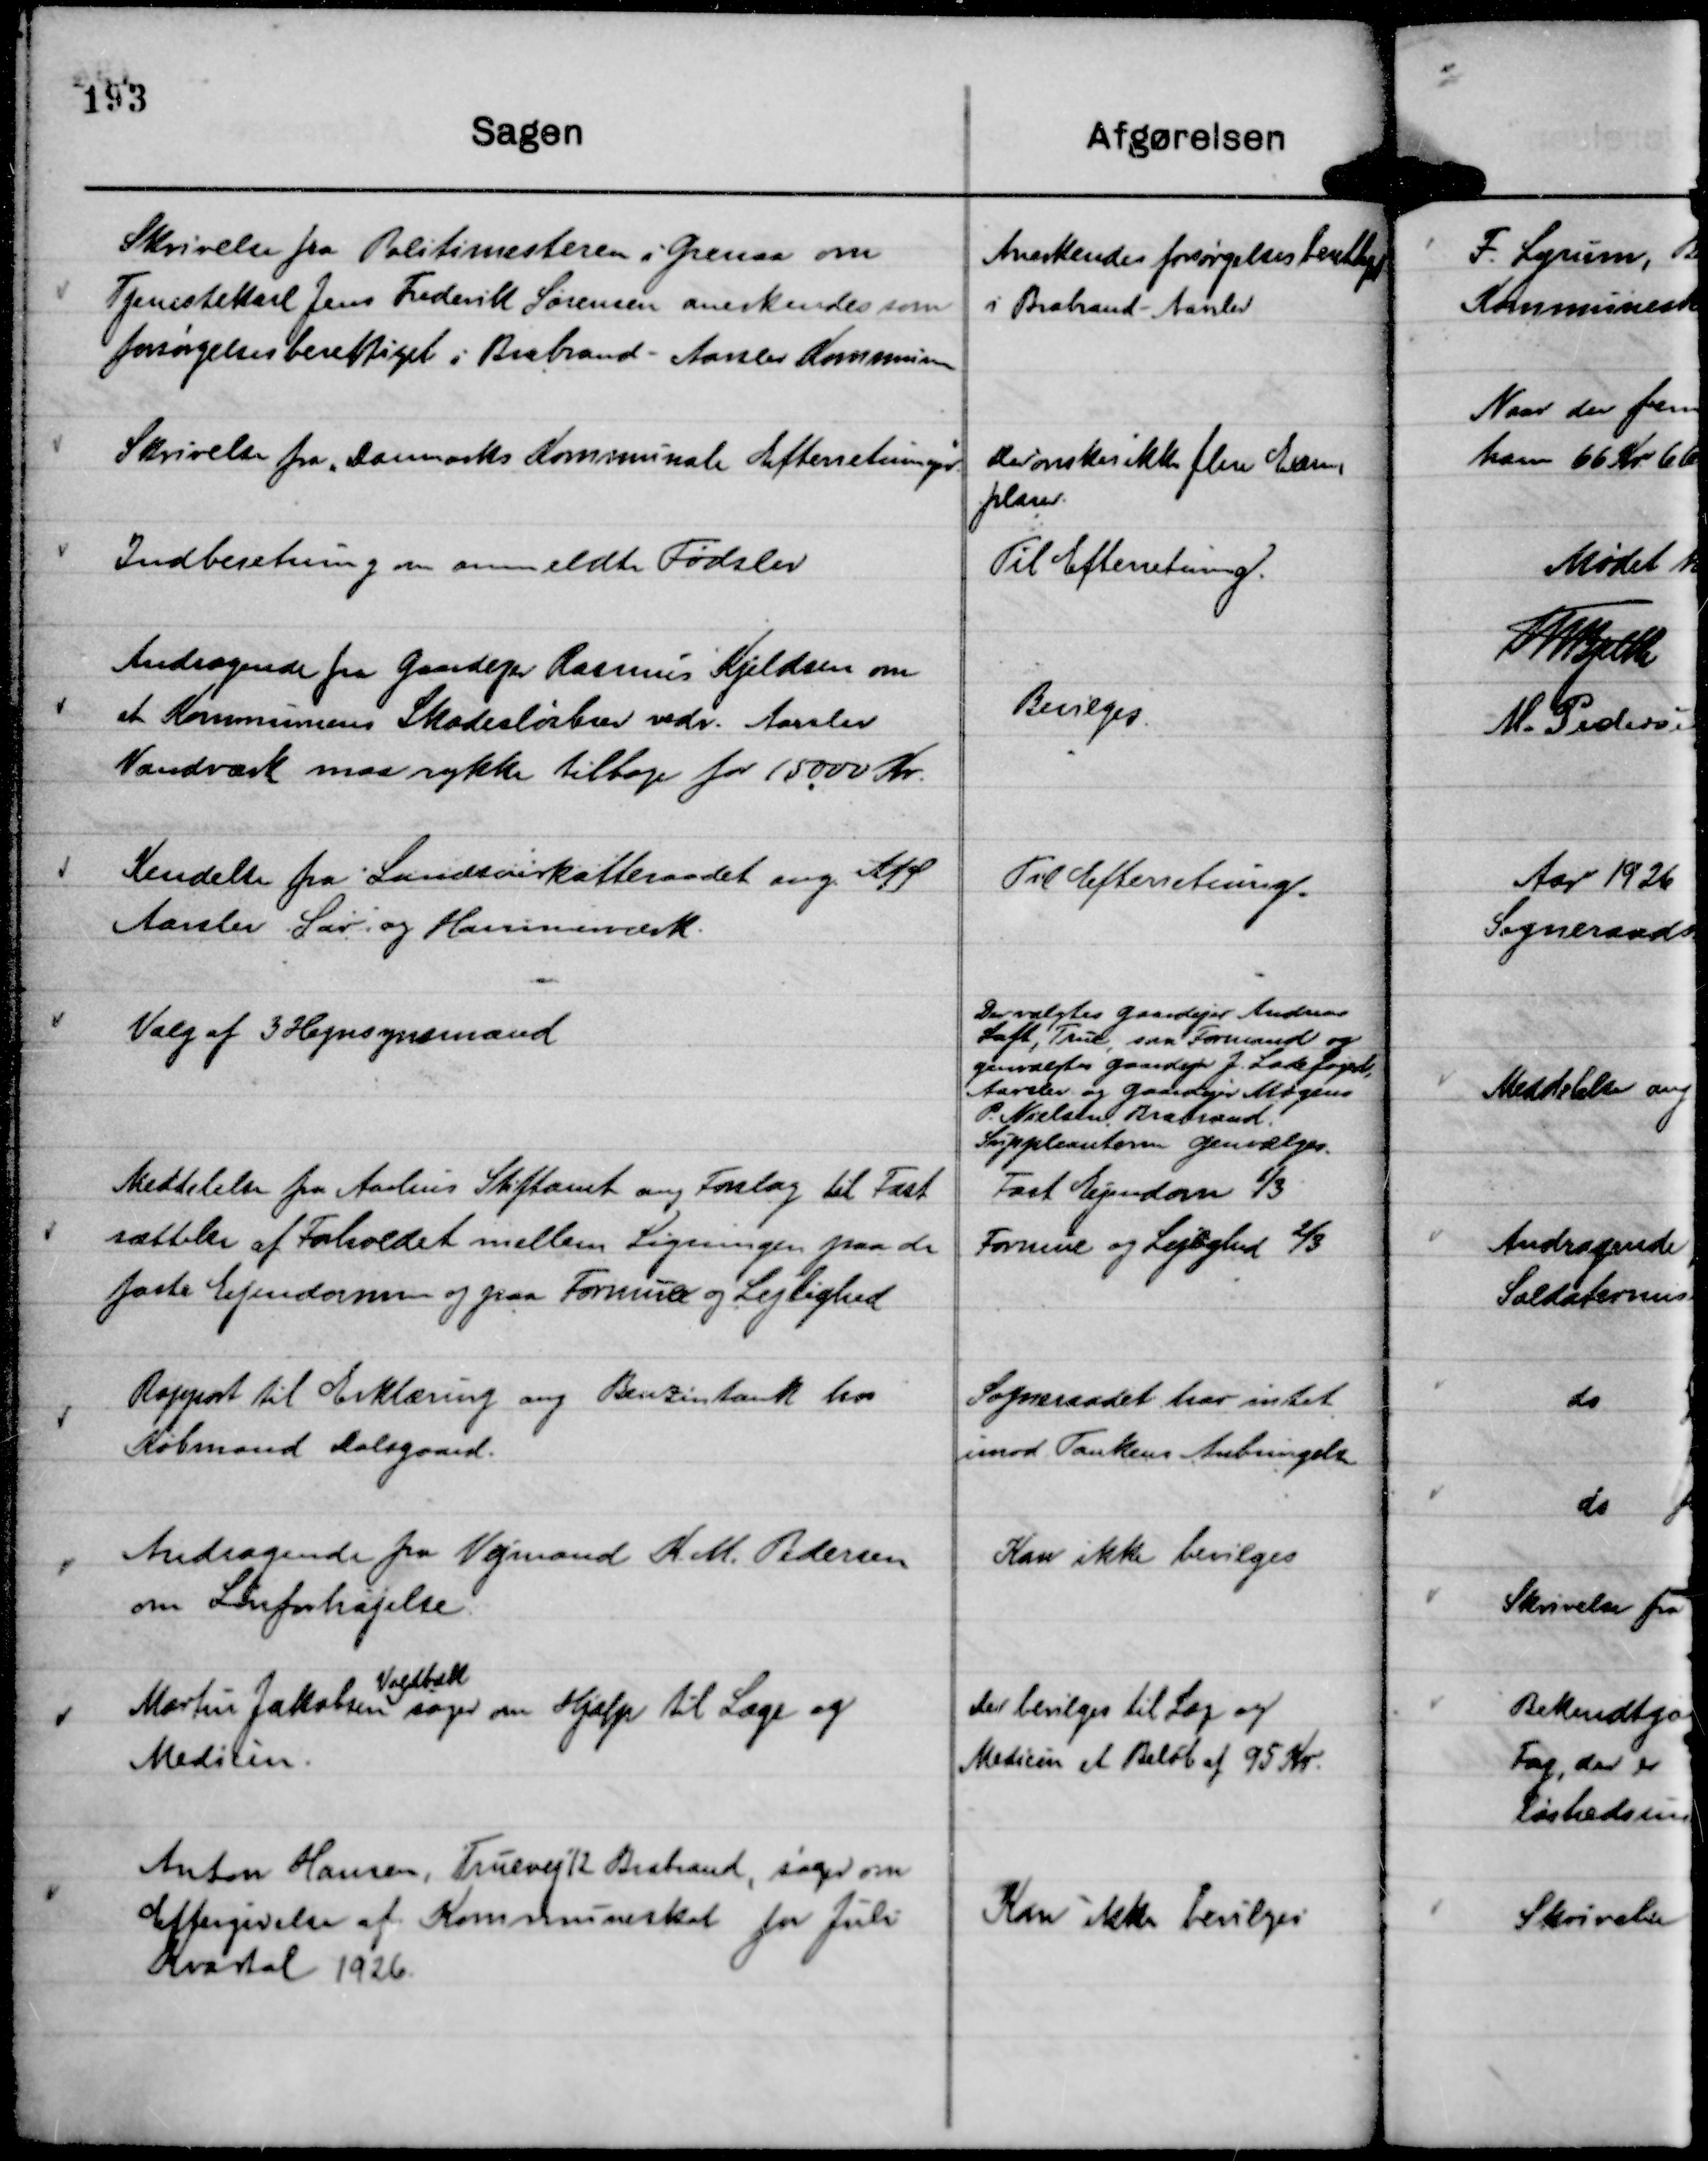
Transskription:
Skrivelse fra Politimesteren i Grenaa om
Tjenestekarl Jens Frederik Sørensen anerkendes som
forsørgelsesberettiget i Brabrand - Aarslev Kommune

Anerkendes forsørgelsesberettiget
i Brabrand - Aarslev

Skrivelse fra "Danmarks Kommunale Efterretninger"

Der ønskes ikke flere Exem-
plarer.

Indberetning om anmeldte Fødsler

Til Efterretning.

Andragende fra Gaardejer Rasmus Kjeldsen om
at Kommunens Skadesløsbrev vedr. Aarslev
Vandværk maa rykke tilbage for 15000 Kr.

Bevilges.

Kendelse fra Landsoverkatteraadet ang. A/S
Aarslev Sav- og Hammerværk.

Til Efterretning.

Valg af 3 Hegnsynsmænd

Der valgtes Gaardejer Andreas
Loft, True, som Formand og
genvalgtes Gaardejer J. Ladefoged,
Aarslev og Gaardejer Mogens
P. Nielsen, Brabrand.
Suppleanterne genvælges.

Meddelelse fra Aarhus Stiftamt ang Forslag til Fast
sættelse af Forholdet mellem Ligningen paa de
faste Ejendomme og paa Formue og Lejlighed

Fast Ejendom ⅓
Formue og Lejlighed ⅔

Rapport til Erklæring ang Benzintank hos
Købmand Dalsgaard.

Sogneraadet har intet
imod Tankens Anbringelse

Andragende fra Vejmand K. M. Pedersen
om Lønforhøjelse.

Kan ikke bevilges

Martin Jakobsen
Voldbæk
søger om Hjælp til Læge og
Medicin.

Der bevilges til Læge og
Medicin et Beløb af 95 Kr.

Anton Hansen, Truevej 12 Brabrand, søger om
Eftergivelse af Kommuneskat for Juli
Kvartal 1926.

Kan ikke bevilges